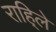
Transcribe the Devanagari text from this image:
राहि्ले